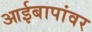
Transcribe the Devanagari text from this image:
आईबापांवर